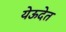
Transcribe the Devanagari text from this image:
येऊदेत